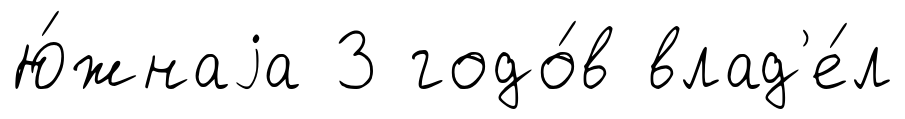
Ю́жнаjа 3 годо́в влад'е́л